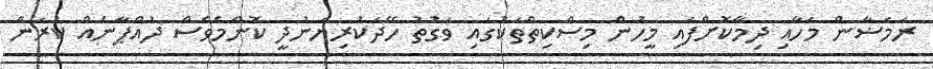
ރަމަޟާން މަހާއި ދިމާކޮށްފައި މީހުން މިސްކިތްތަކުގައި ވަގުތު ހޭދަކުރިޔަނުދީ ކޮންމެވެސް ދުއްޕާނެއް ކުރަން